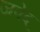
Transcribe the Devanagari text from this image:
जपेद्